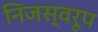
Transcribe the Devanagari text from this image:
निजस्वरूप